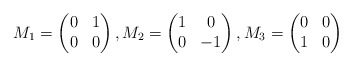
\begin{align*}M_1=\left( \begin{matrix} 0 & 1 \\ 0 & 0 \end{matrix} \right), M_2= \left( \begin{matrix} 1 & 0 \\ 0 & -1 \end{matrix} \right), M_3=\left( \begin{matrix} 0 & 0 \\ 1 & 0 \end{matrix} \right)\end{align*}